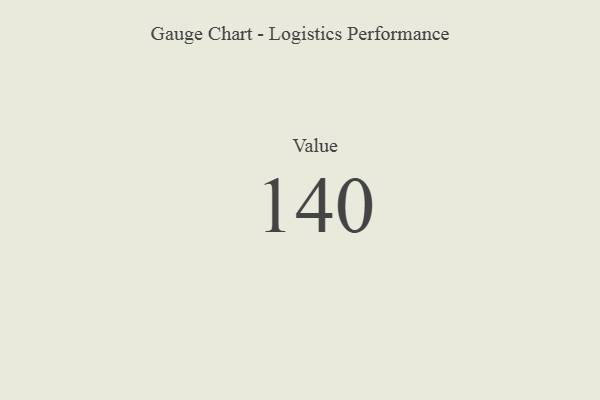
{"axis": {"x": "Metric", "y": "Value"}, "legend": [""], "data": [{"x": "Value", "y": 140, "type": ""}]}